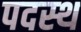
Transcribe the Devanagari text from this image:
पदस्‍थ